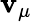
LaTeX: \mathbf{v}_{\mu}